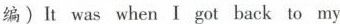
编)It was when I got back to my